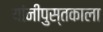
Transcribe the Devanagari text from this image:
यांनीपुस्तकाला